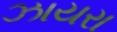
ઝાયરા